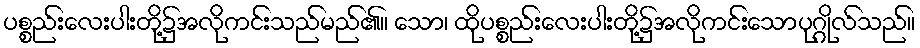
ပစ္စည်းလေးပါးတို့၌အလိုကင်းသည်မည်၏။ သော၊ ထိုပစ္စည်းလေးပါးတို့၌အလိုကင်းသောပုဂ္ဂိုလ်သည်။